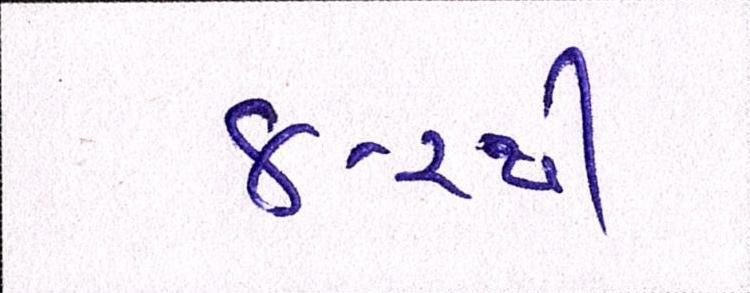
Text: ૪-૨થી